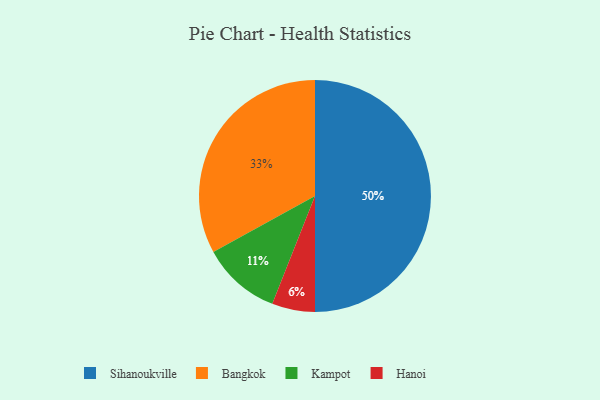
{"axis": {"x": "Category", "y": "Percentage"}, "legend": ["Bangkok", "Hanoi", "Kampot", "Sihanoukville"], "data": [{"x": "Hanoi", "y": 6, "type": "Hanoi"}, {"x": "Bangkok", "y": 33, "type": "Bangkok"}, {"x": "Kampot", "y": 11, "type": "Kampot"}, {"x": "Sihanoukville", "y": 50, "type": "Sihanoukville"}]}